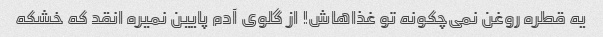
یه قطره روغن نمی‌چکونه تو غذاهاش! از گلوی آدم پایین نمیره انقد که خشکه